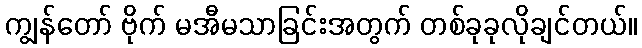
ကျွန်တော် ဗိုက် မအီမသာခြင်းအတွက် တစ်ခုခုလိုချင်တယ်။